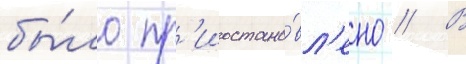
бы́ло пр'иостано́вл'ено // В